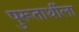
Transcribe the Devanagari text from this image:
पुरूतार्थीला